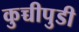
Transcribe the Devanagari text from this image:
कुच्चीपुडी